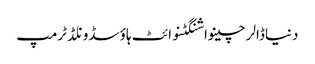
دنیاڈالرچینواشنگٹنوائٹ ہاؤسڈونلڈ ٹرمپ